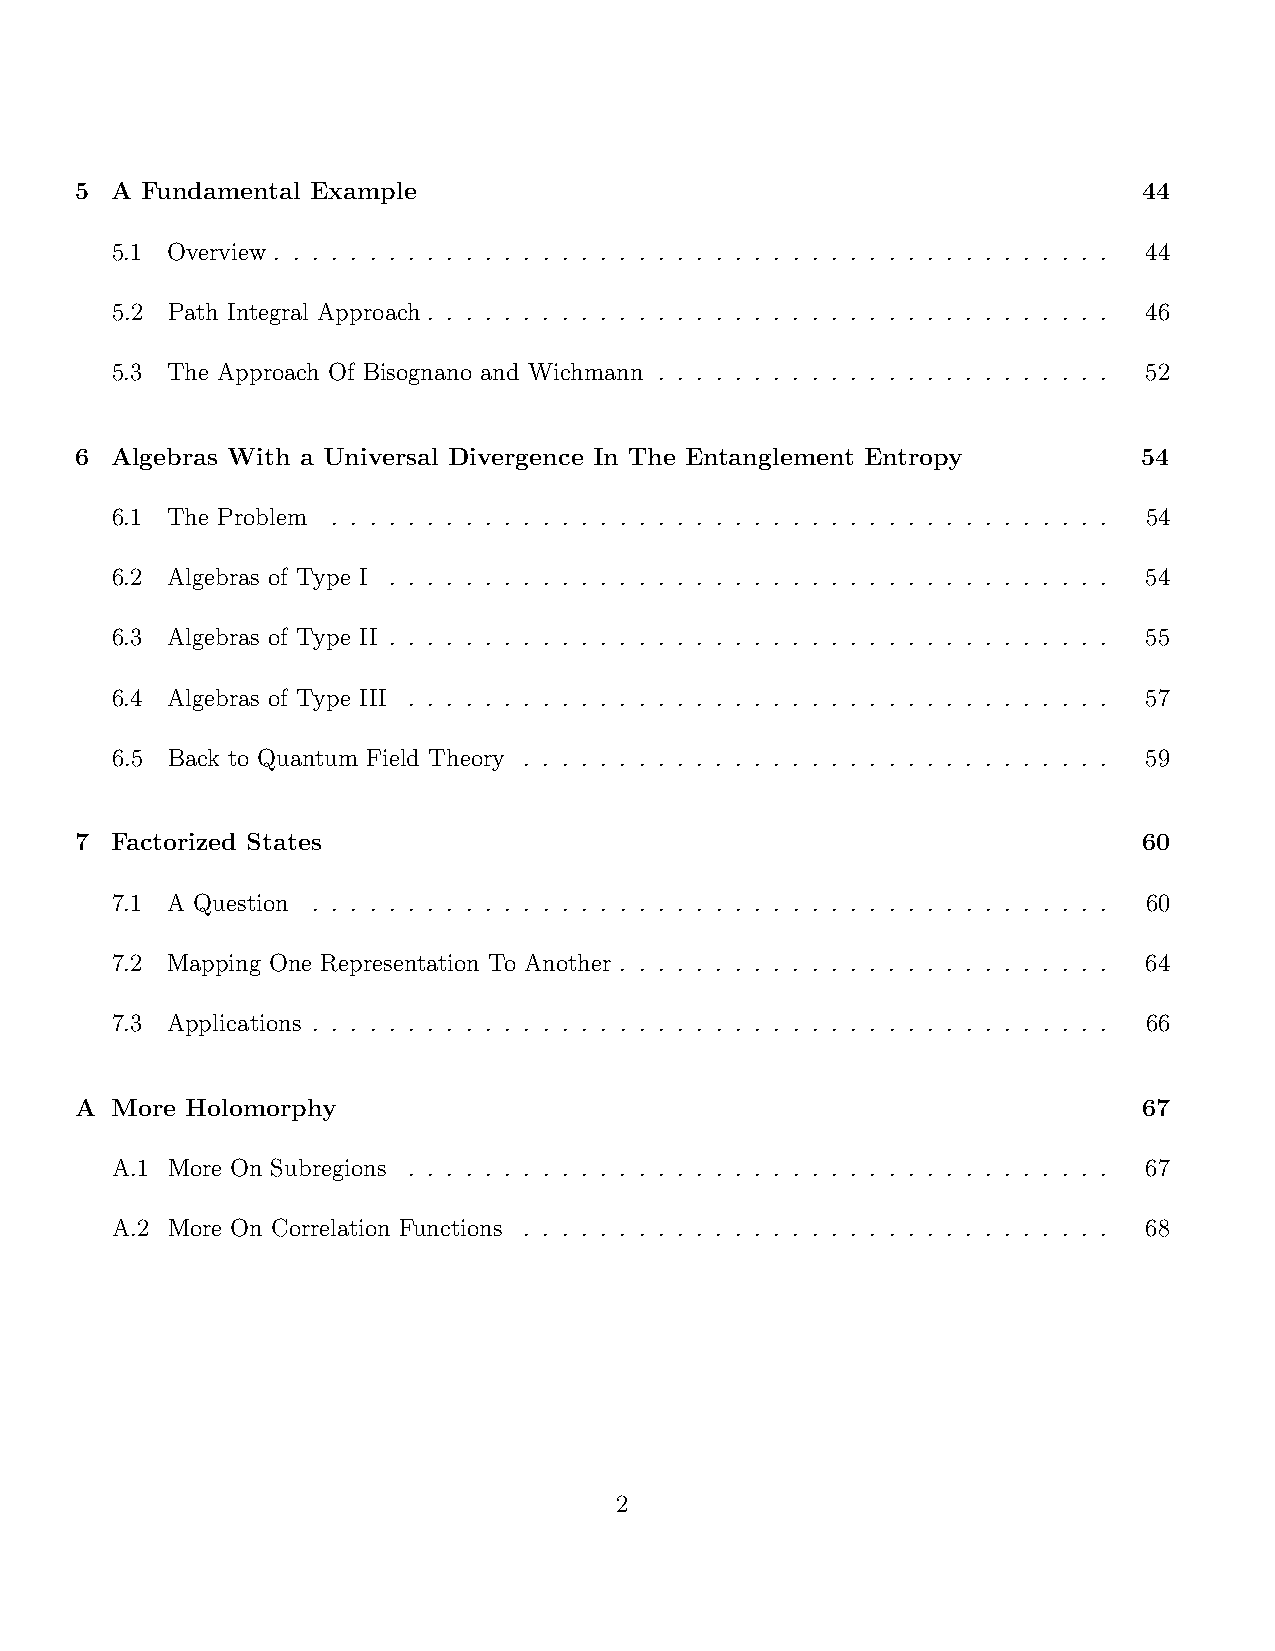
5 A Fundamental Example                                                44
 5.1 Overview. . . . . . . . . . . . . . . . . . . . . . . . . . . . . . . . . . . . . . . . . . . . 44
 5.2 Path Integral Approach . . . . . . . . . . . . . . . . . . . . . . . . . . . . . . . . . . . . 46
 5.3 The Approach Of Bisognano and Wichmann . . . . . . . . . . . . . . . . . . . . . . . . 52
 6 Algebras With a Universal Divergence In The Entanglement Entropy     54
 6.1 The Problem . . . . . . . . . . . . . . . . . . . . . . . . . . . . . . . . . . . . . . . . . 54
 6.2 Algebras of Type I . . . . . . . . . . . . . . . . . . . . . . . . . . . . . . . . . . . . . . 54
 6.3 Algebras of Type II . . . . . . . . . . . . . . . . . . . . . . . . . . . . . . . . . . . . . . 55
 6.4 Algebras of Type III . . . . . . . . . . . . . . . . . . . . . . . . . . . . . . . . . . . . . 57
 6.5 Back to Quantum Field Theory . . . . . . . . . . . . . . . . . . . . . . . . . . . . . . . 59
 7 Factorized States                                                    60
 7.1 A Question . . . . . . . . . . . . . . . . . . . . . . . . . . . . . . . . . . . . . . . . . . 60
 7.2 Mapping One Representation To Another . . . . . . . . . . . . . . . . . . . . . . . . . . 64
 7.3 Applications . . . . . . . . . . . . . . . . . . . . . . . . . . . . . . . . . . . . . . . . . . 66
 A More Holomorphy                                                      67
 A.1 More On Subregions . . . . . . . . . . . . . . . . . . . . . . . . . . . . . . . . . . . . . 67
 A.2 More On Correlation Functions . . . . . . . . . . . . . . . . . . . . . . . . . . . . . . . 68
 2